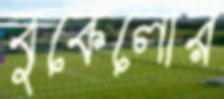
বুকেলোর